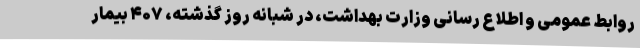
روابط عمومی و اطلاع رسانی وزارت بهداشت، در شبانه روز گذشته، ۴۰۷ بیمار